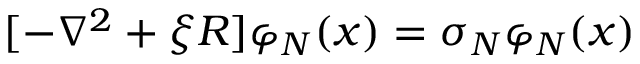
[ - \nabla ^ { 2 } + \xi R ] \varphi _ { N } ( x ) = \sigma _ { N } \varphi _ { N } ( x )